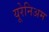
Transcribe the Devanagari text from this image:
यूरेनिअम